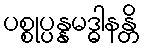
ပစ္စုပ္ပန္နမဒ္ဓါနန္တိ